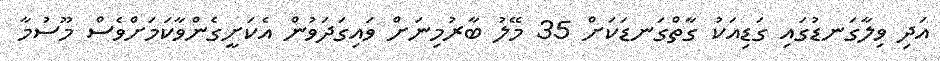
އަދި ވިލާގަނޑުގައި ގަޑިއަކު ގާތްގަނޑަކަށް 35 މޭލު ބާރުމިނަށް ވައިގަދަވުން އެކަށީގެންވާކަމަށްވެސް މޫސުމާ